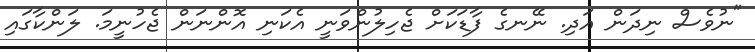
"ނުވެސް ނިދަން އަދި. ނޭނގެ ފާޑަކަށް ޖެހިލުންވަނީ އެކަނި އޮންނަން ޖެހުނީމަ. ލަންކާގައި